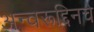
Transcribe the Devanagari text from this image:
अन्वरूद्दिनचे